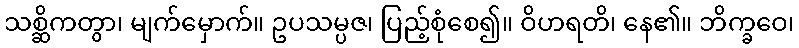
သစ္ဆိကတွာ၊ မျက်မှောက်။ ဥပသမ္ပဇ၊ ပြည့်စုံစေ၍။ ဝိဟရတိ၊ နေ၏။ ဘိက္ခဝေ၊